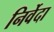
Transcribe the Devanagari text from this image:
निर्वेदा